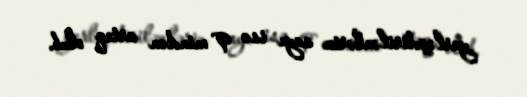
yerləşdirilənlərin sayı isə 9 mindən artıq olub.